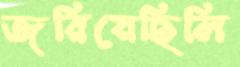
জরিয়েছিলি